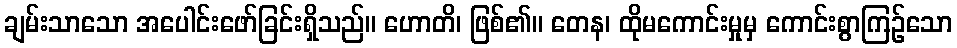
ချမ်းသာသော အပေါင်းဖော်ခြင်းရှိသည်။ ဟောတိ၊ ဖြစ်၏။ တေန၊ ထိုမကောင်းမှုမှ ကောင်းစွာကြဉ်သော